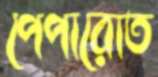
পেপারোত